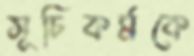
সূচিকর্মকে